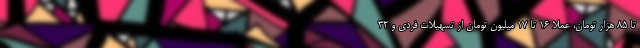
تا ۸۵ هزار تومان، عملاً ۱۶ تا ۱۷ میلیون تومان از تسهیلات فردی و ۳۲